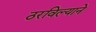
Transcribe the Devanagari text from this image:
ठरविल्याने